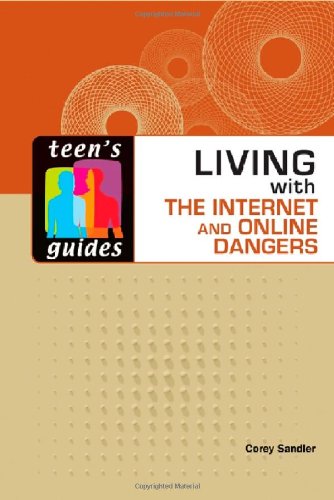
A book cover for Living With the Internet and Online Dangers (Teen's Guides); Corey Sandler; Children's Books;